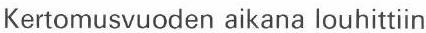
Kertomusvuoden aikana louhittiin